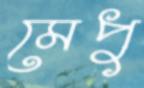
মেপু